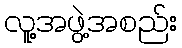
လူ့အဖွဲ့အစည်း